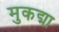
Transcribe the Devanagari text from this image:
मुकद्मा